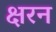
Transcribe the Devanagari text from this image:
क्षरन